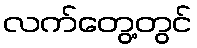
လက်တွေ့တွင်